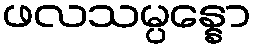
ဖလသမ္ပန္နော